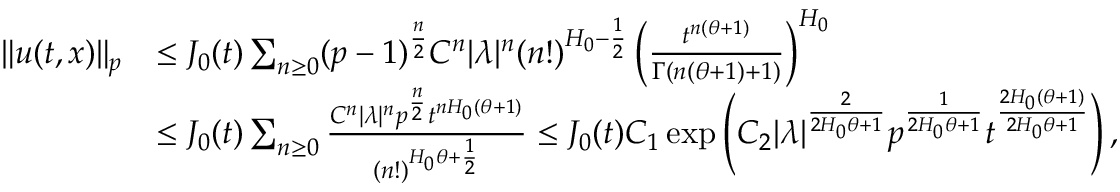
\begin{array} { r l } { \Vert u ( t , x ) \Vert _ { p } } & { \le J _ { 0 } ( t ) \sum _ { n \geq 0 } ( p - 1 ) ^ { \frac n 2 } C ^ { n } | \lambda | ^ { n } ( n ! ) ^ { H _ { 0 } - \frac { 1 } { 2 } } \left( \frac { t ^ { n ( \theta + 1 ) } } { \Gamma ( n ( \theta + 1 ) + 1 ) } \right) ^ { H _ { 0 } } } \\ & { \le J _ { 0 } ( t ) \sum _ { n \geq 0 } \frac { C ^ { n } | \lambda | ^ { n } p ^ { \frac n 2 } t ^ { n H _ { 0 } ( \theta + 1 ) } } { ( n ! ) ^ { H _ { 0 } \theta + \frac { 1 } { 2 } } } \le J _ { 0 } ( t ) C _ { 1 } \exp \left( C _ { 2 } | \lambda | ^ { \frac { 2 } { 2 H _ { 0 } \theta + 1 } } p ^ { \frac { 1 } { 2 H _ { 0 } \theta + 1 } } t ^ { \frac { 2 H _ { 0 } ( \theta + 1 ) } { 2 H _ { 0 } \theta + 1 } } \right) , } \end{array}